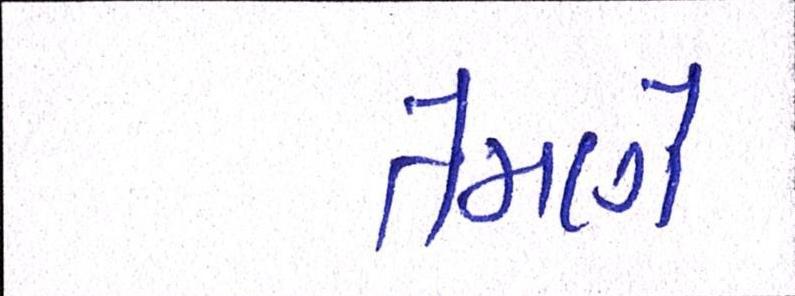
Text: તેમણે